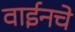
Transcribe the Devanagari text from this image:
वाईनचे